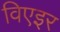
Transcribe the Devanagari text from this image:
विएइर